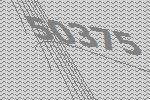
50375